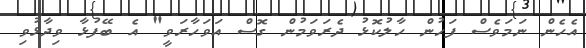
އެހެން ނަމަވެސް ފަހުން ހާލުކޮޅު ދެރަވަމުން ގޮސް އަވަހާރަވީ" އެ ބޭފުޅާ ވިދާޅުވި